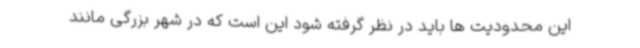
این محدودیت ها باید در نظر گرفته شود این است که در شهر بزرگی مانند